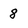
Character: 8